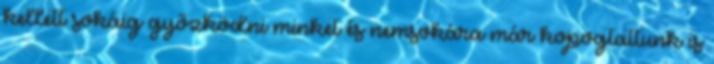
kellett sokáig győzködni minket és nemsokára már kopogtattunk is